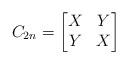
LaTeX: \begin{align*}C_{2n}=\begin{bmatrix}X & Y\\Y & X\end{bmatrix}\end{align*}